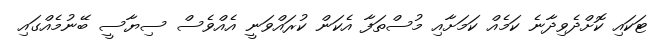
ޓަކައި ކޮށްދެވިދާނެ ކަމެއް ކަމަށާއި މުސްތަފާ އެކަން ކުރައްވަނީ އެއްވެސް ސިޔާސީ ބޭނުމެއްގައި